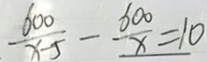
\frac { 6 0 0 } { x - 5 } - \frac { 6 0 0 } { x } = 1 0